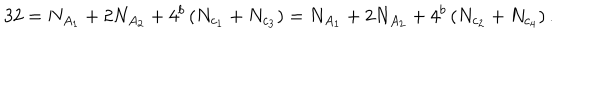
3 2 = N _ { A _ { 1 } } + 2 N _ { A _ { 2 } } + 4 ^ { b } \left( N _ { c _ { 1 } } + N _ { c _ { 3 } } \right) = N _ { A _ { 1 } } + 2 N _ { A _ { 2 } } + 4 ^ { b } \left( N _ { c _ { 2 } } + N _ { c _ { 4 } } \right) . \nonumber